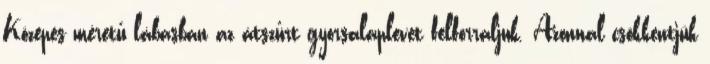
Közepes méretű lábasban az átszűrt gyorsalaplevet felforraljuk. Azonnal csökkentjük